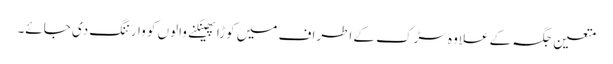
متعین جگہ کے علاوہ سڑک کے اطراف میں کوڑا پھینکنے والوں کو وارننگ دی جائے۔